Vaccination in the Punjab 1905-1918 - 1905-1918
Year: 1905
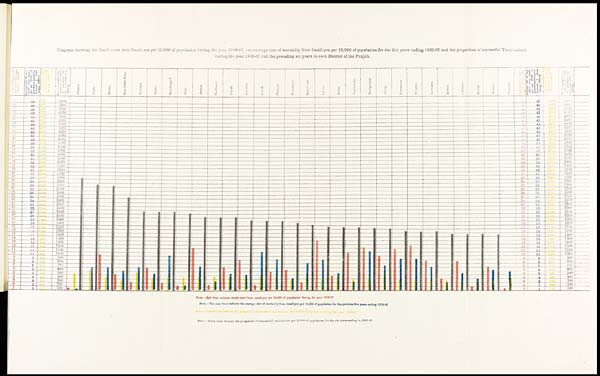
Diagram showing the death-rates from Small-pox per 10,000 of population during the year 1908-07, the average rate of mortality from Small-pox per 10,000 of population for the five years ending 1905-06 and the proportion of successful Vaccinations
during the year 1906-07 and the preceding six years In each District of the Punjab.